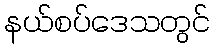
နယ်စပ်ဒေသတွင်